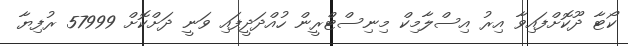
ކޯޓާ ދޫކޮށްފައިވާ އިރު އިސްލާމިކް މިނިސްޓްރީން ހުއްދަދީފައި ވަނީ ދަށްކޮށް 57999 ރުފިޔާ